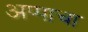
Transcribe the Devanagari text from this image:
अप्पाचा